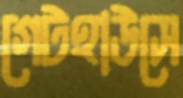
গেটহাউসে